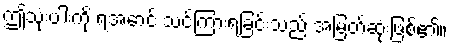
ဤသုံးပါးကို ရအောင် သင်ကြားရခြင်းသည် အမြတ်ဆုံးဖြစ်၏။